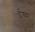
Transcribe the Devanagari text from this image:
ईश्र्वर